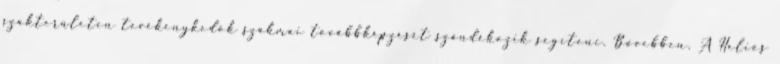
szakterületen tevékenykedõk szakmai továbbképzését szándékozik segíteni. Bővebben. A Helios